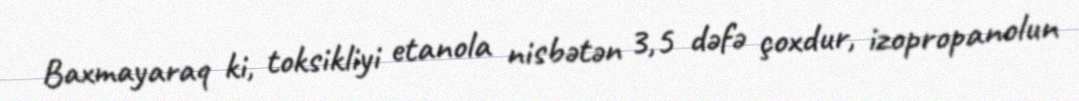
Baxmayaraq ki, toksikliyi etanola nisbətən 3,5 dəfə çoxdur, izopropanolun